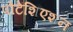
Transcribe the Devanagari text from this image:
पोटेंशिएशन